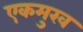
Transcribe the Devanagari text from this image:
एकमुख